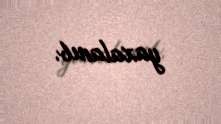
yaxalanıb.